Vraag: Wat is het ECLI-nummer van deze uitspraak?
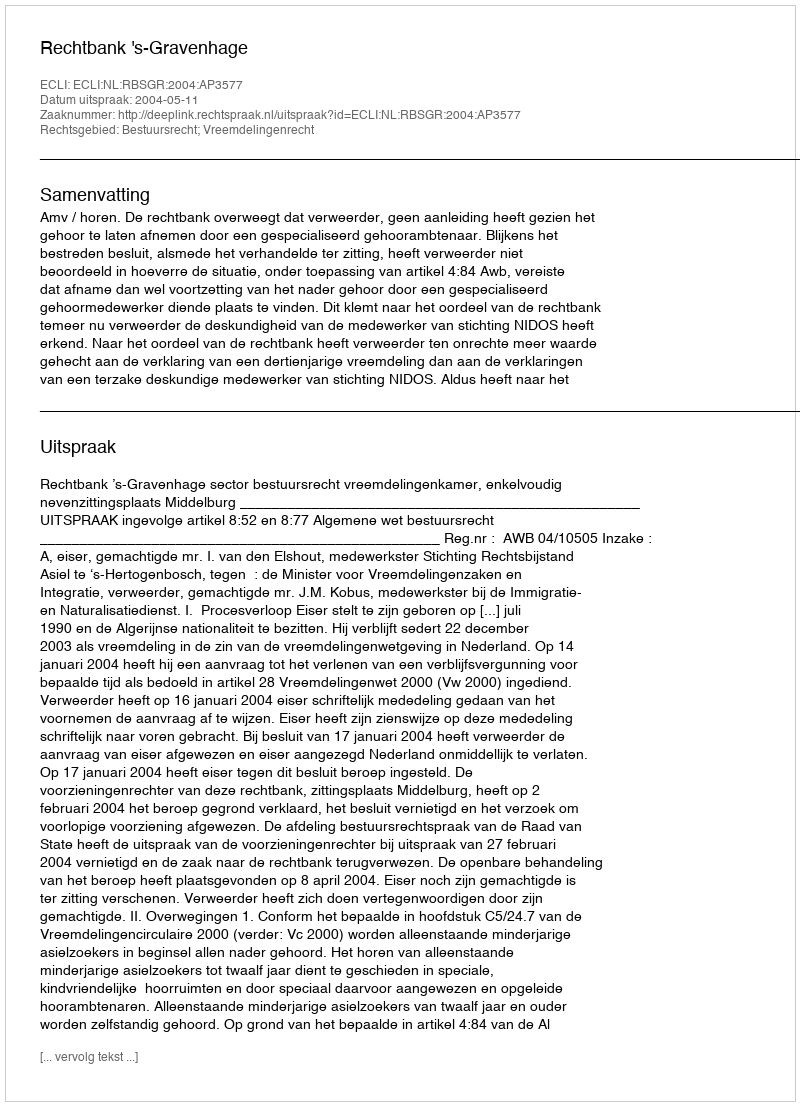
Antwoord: ECLI:NL:RBSGR:2004:AP3577